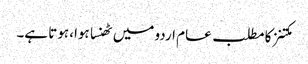
مکتنز کا مطلب عام اردو میں ٹھنسا ہوا، ہوتا ہے۔